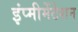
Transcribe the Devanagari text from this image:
इंप्मीमेंटेशन